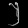
Digit: ၂